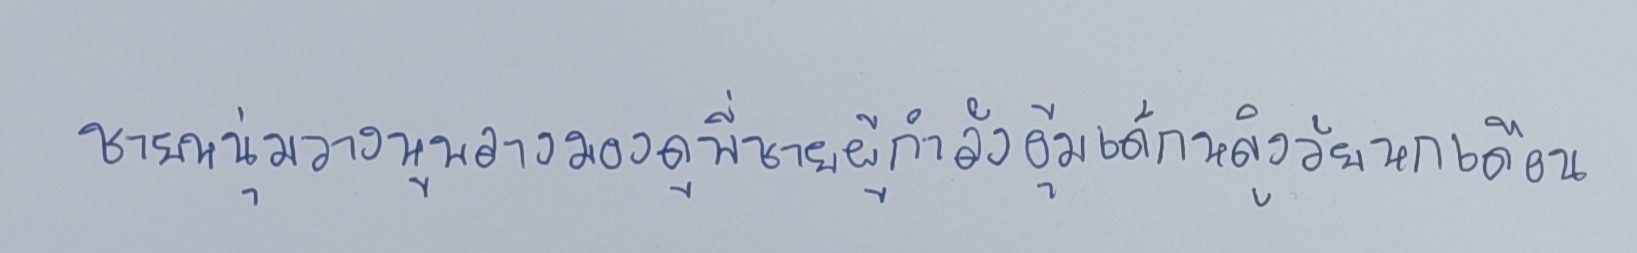
ชายหนุ่มวางหูพลางมองดูพี่ชายผู้กำลังอุ้มเด็กหญิงวัยหกเดือน